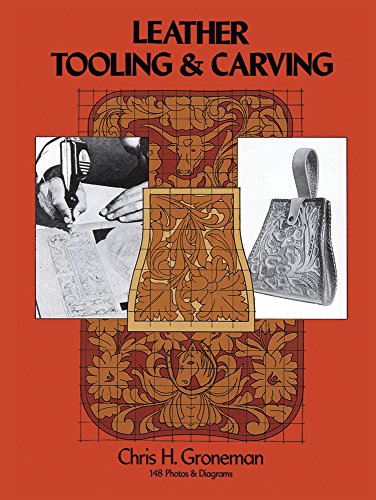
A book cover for Leather Tooling and Carving; Chris H. Groneman; Crafts, Hobbies & Home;